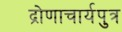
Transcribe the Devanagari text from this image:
द्रोणाचार्यपुत्र